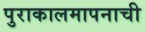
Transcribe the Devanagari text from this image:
पुराकालमापनाची